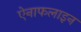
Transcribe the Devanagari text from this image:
ऐनाफलाइन